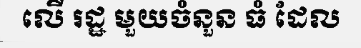
លើ រដ្ឋ មួយចំនួន ធំ ដែល